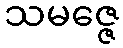
သမဇ္ဇေ